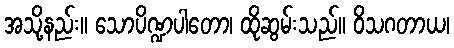
အသို့နည်း။ သောပိဏ္ဍပါတော၊ ထိုဆွမ်းသည်။ ဝိသဂတာယ၊